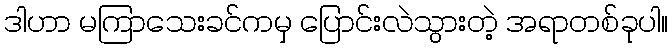
ဒါဟာ မကြာသေးခင်ကမှ ပြောင်းလဲသွားတဲ့ အရာတစ်ခုပါ။